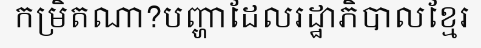
កម្រិតណា?បញ្ហាដែលរដ្ឋាភិបាលខ្មែរ